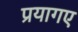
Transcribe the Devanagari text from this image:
प्रयागए